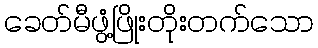
ခေတ်မီဖွံ့ဖြိုးတိုးတက်သော